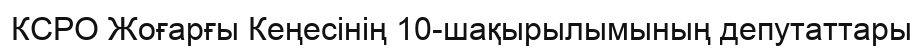
КСРО Жоғарғы Кеңесінің 10-шақырылымының депутаттары